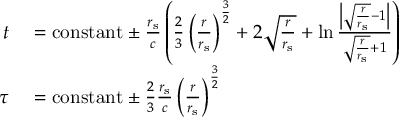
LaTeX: \begin{array} { r l } { t } & { { } = { \mathrm { c o n s t a n t } } \pm { \frac { r _ { \mathrm { { s } } } } { c } } \left( { \frac { 2 } { 3 } } \left( { \frac { r } { r _ { \mathrm { { s } } } } } \right) ^ { \frac { 3 } { 2 } } + 2 { \sqrt { \frac { r } { r _ { \mathrm { { s } } } } } } + \ln { \frac { \left| { \sqrt { \frac { r } { r _ { \mathrm { { s } } } } } } - 1 \right| } { { \sqrt { \frac { r } { r _ { \mathrm { { s } } } } } } + 1 } } \right) } \\ { \tau } & { { } = { \mathrm { c o n s t a n t } } \pm { \frac { 2 } { 3 } } { \frac { r _ { \mathrm { { s } } } } { c } } \left( { \frac { r } { r _ { \mathrm { { s } } } } } \right) ^ { \frac { 3 } { 2 } } } \end{array}